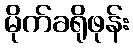
မိုက်ခရိုဖုန်း